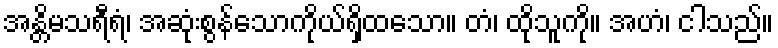
အန္တိမသရီရံ၊ အဆုံးစွန်သောကိုယ်ရှိထသော။ တံ၊ ထိုသူကို။ အဟံ၊ ငါသည်။